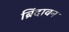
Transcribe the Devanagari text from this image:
ब्रिंदावन